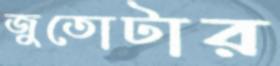
জুতোটার